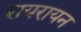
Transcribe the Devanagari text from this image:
रायरायन